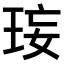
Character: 𤥑